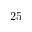
2 5